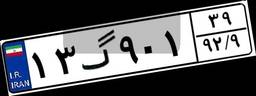
۱۳گ۹۰۱۳۹